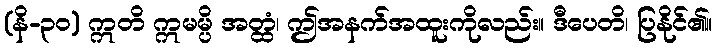
(နိ-၃၀) ဣတိ ဣမမ္ပိ အတ္ထံ၊ ဤအနက်အထူးကိုလည်း။ ဒီပေတိ၊ ပြနိုင်၏။